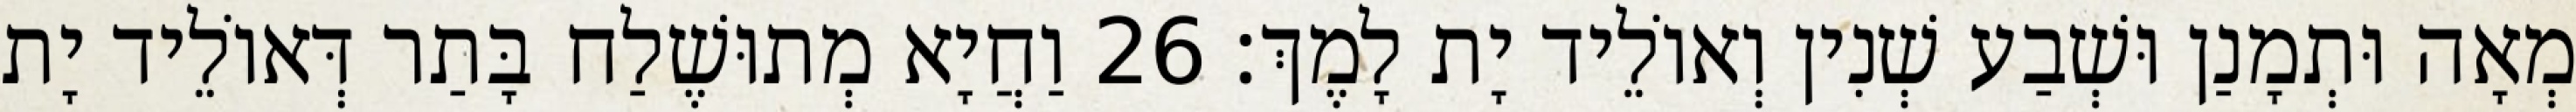
מְאָה וּתְמָנַן וּשְׁבַע שְׁנִין וְאוֹלֵיד יָת לָמֶךְ׃ 26 וַחֲיָא מְתוּשֶׁלַח בָּתַר דְּאוֹלֵיד יָת